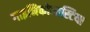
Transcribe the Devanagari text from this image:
गाइनिकोमास्टिया